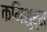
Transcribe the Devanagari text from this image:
कमिशुर्स